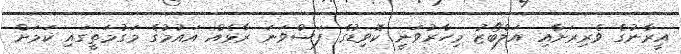
އީރާނުގެ ވެރިރަށާއި އަލްބޯޒު މިހާރުވަނީ ކޮވިޑުގެ ފަސްވަނަ ރާޅެއް އައުމުގެ މަގުމަތީގައި ކަމަށް